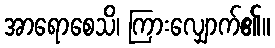
အာရောစေသိ၊ ကြားလျှောက်၏။